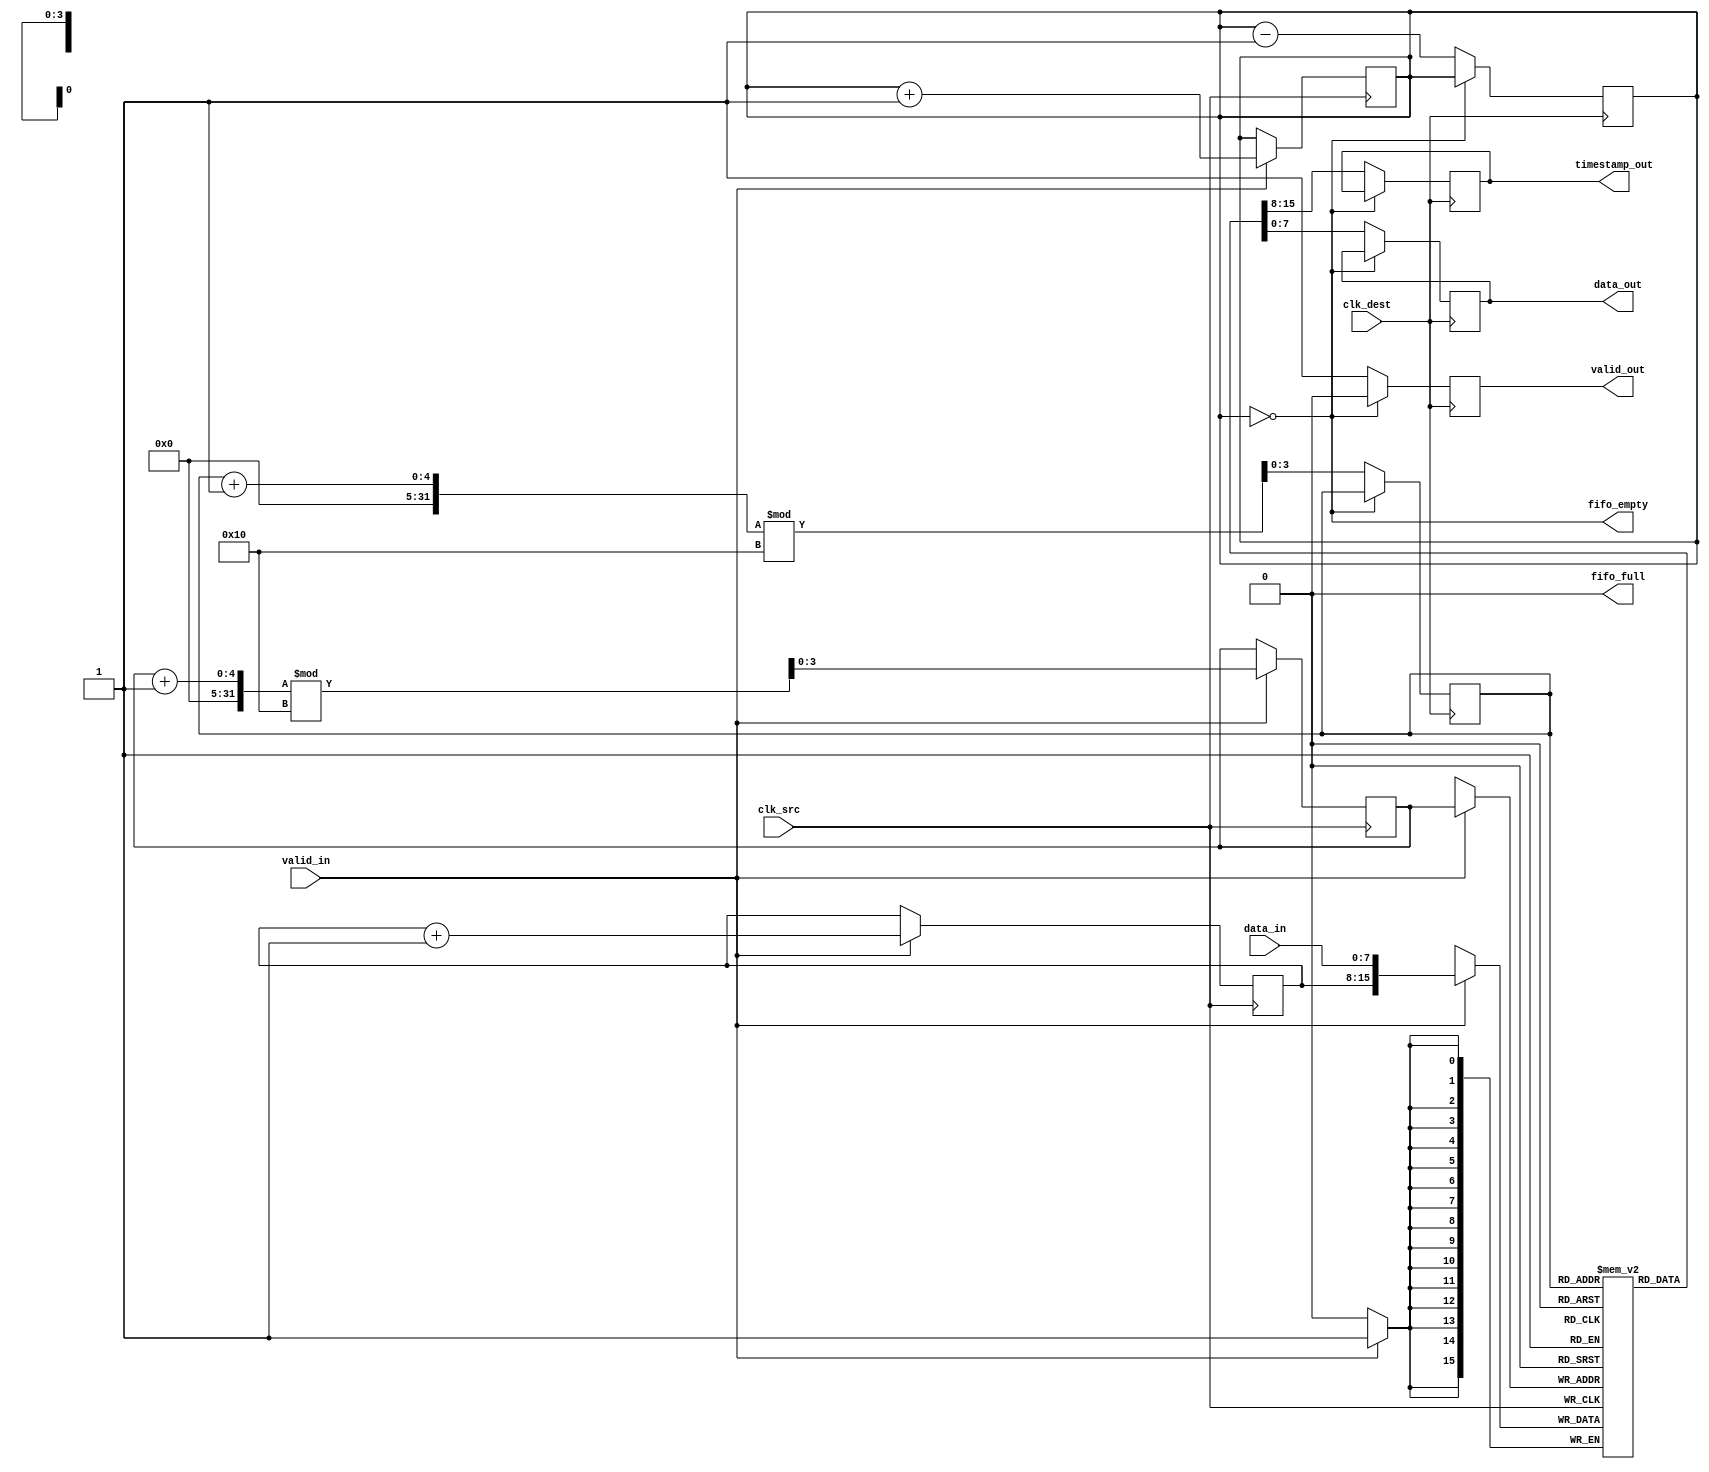
module TimeStampedSynchronizer #(
    parameter DATA_WIDTH = 8,
    parameter TIMESTAMP_WIDTH = 8,
    parameter FIFO_DEPTH = 16
)(
    input wire clk_src,                 // Source clock
    input wire clk_dest,                // Destination clock
    input wire [DATA_WIDTH-1:0] data_in, // Data input
    input wire valid_in,                // Valid signal for data input
    output reg [DATA_WIDTH-1:0] data_out, // Data output
    output reg [TIMESTAMP_WIDTH-1:0] timestamp_out, // Timestamp output
    output reg valid_out,               // Valid signal for data output
    output wire fifo_full,              // FIFO full signal
    output wire fifo_empty              // FIFO empty signal
);

    // Internal signals
    reg [TIMESTAMP_WIDTH-1:0] timestamp;
    reg [DATA_WIDTH+TIMESTAMP_WIDTH-1:0] fifo_mem[FIFO_DEPTH-1:0];
    reg [3:0] write_ptr, read_ptr;
    reg [3:0] fifo_count;

    // Data Input Module
    always @(posedge clk_src) begin
        if (valid_in) begin
            timestamp <= timestamp + 1; // Simple timestamp generator
            fifo_mem[write_ptr] <= {timestamp, data_in}; // Concatenate timestamp and data
            write_ptr <= (write_ptr + 1) % FIFO_DEPTH;
            fifo_count <= fifo_count + 1;
        end
    end

    // FIFO Buffer
    assign fifo_full = (fifo_count == FIFO_DEPTH);
    assign fifo_empty = (fifo_count == 0);

    // Data Output Module
    always @(posedge clk_dest) begin
        if (!fifo_empty) begin
            {timestamp_out, data_out} <= fifo_mem[read_ptr]; // Read from FIFO
            read_ptr <= (read_ptr + 1) % FIFO_DEPTH;
            fifo_count <= fifo_count - 1;
            valid_out <= 1; // Signal that output is valid
        end else begin
            valid_out <= 0; // No valid output if FIFO is empty
        end
    end

    // Control Logic (Optional for further features)
    // Implement additional control logic if needed

endmodule